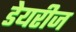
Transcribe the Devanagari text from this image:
डेयरीज